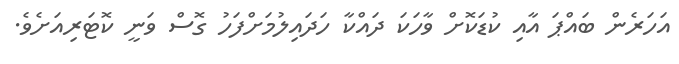
އަހަރެން ބައްޕަ އާއި ކުޑަކޮށް ވާހަކަ ދައްކާ ހަދައިލުމަށްފަހު ގޮސް ވަނީ ކޮޓަރިއަށެވެ.